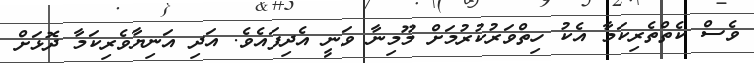
ވެސް ކެތްތެރިކަމާ އެކު ހިތްވަރުކުރުމަށް މޫމިނާ ވަނީ އެދިފައެވެ. އަދި އަނިޔާވެރިކަމާ ދޮޅަށް